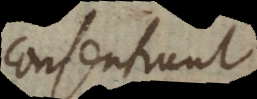
consentiunt